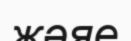
жәяе